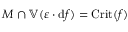
M \cap \mathbb { V } ( \varepsilon \cdot \mathrm { d } f ) = { \mathrm { C r i t } } ( f )